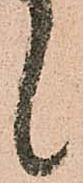
候